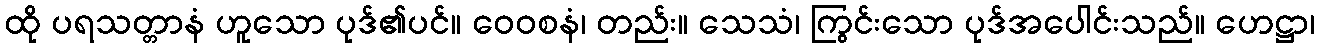
ထို ပရသတ္တာနံ ဟူသော ပုဒ်၏ပင်။ ဝေဝစနံ၊ တည်း။ သေသံ၊ ကြွင်းသော ပုဒ်အပေါင်းသည်။ ဟေဋ္ဌာ၊